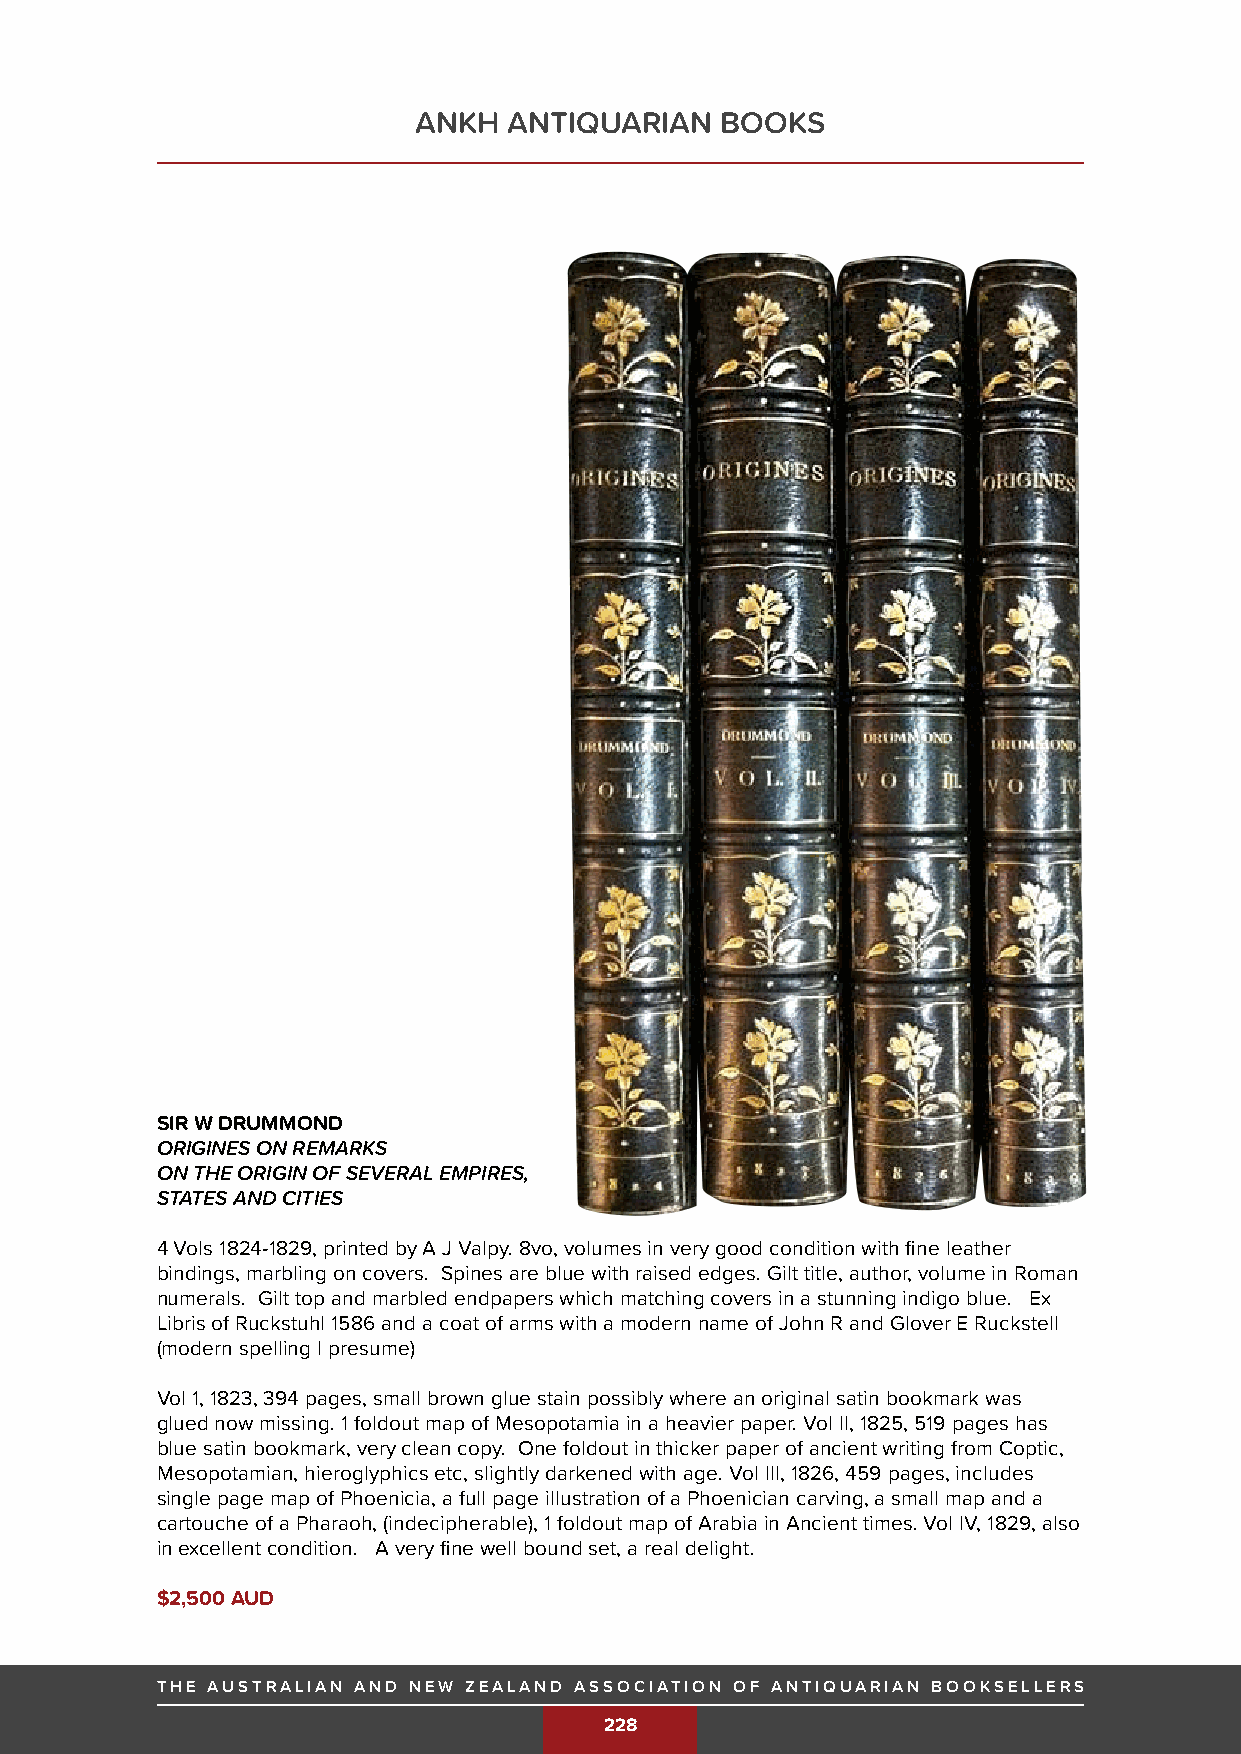
ANKH   ANTIQUARIAN   BOOKS
 SIR W DRUMMOND
 ORIGINES ON REMARKS
 ON THE ORIGIN OF SEVERAL EMPIRES,
 STATES AND CITIES
 4 Vols 1824-1829, printed by A J Valpy. 8vo, volumes in very good condition with fine leather
 bindings, marbling on covers. Spines are blue with raised edges. Gilt title, author, volume in Roman
 numerals. Gilt top and marbled endpapers which matching covers in a stunning indigo blue. Ex
 Libris of Ruckstuhl 1586 and a coat of arms with a modern name of John R and Glover E Ruckstell
 (modern spelling I presume)
 Vol 1, 1823, 394 pages, small brown glue stain possibly where an original satin bookmark was
 glued now missing. 1 foldout map of Mesopotamia in a heavier paper. Vol II, 1825, 519 pages has
 blue satin bookmark, very clean copy. One foldout in thicker paper of ancient writing from Coptic,
 Mesopotamian, hieroglyphics etc, slightly darkened with age. Vol III, 1826, 459 pages, includes
 single page map of Phoenicia, a full page illustration of a Phoenician carving, a small map and a
 cartouche of a Pharaoh, (indecipherable), 1 foldout map of Arabia in Ancient times. Vol IV, 1829, also
 in excellent condition. A very fine well bound set, a real delight.
 $2,500 AUD
 THE AUSTRALIAN AND NEW ZEALAND ASSOCIATION OF ANTIQUARIAN BOOKSELLERS              THE AUSTRALIAN AND NEW ZEALAND ASSOCIATION OF ANTIQUARIAN BOOKSELLERS
 THE AUSTRALIAN AND NEW ZEALAND ASSOCIATION OF ANTIQUARIAN BOOKSELLERS
 228